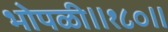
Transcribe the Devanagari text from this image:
भोपळी॥१८०॥